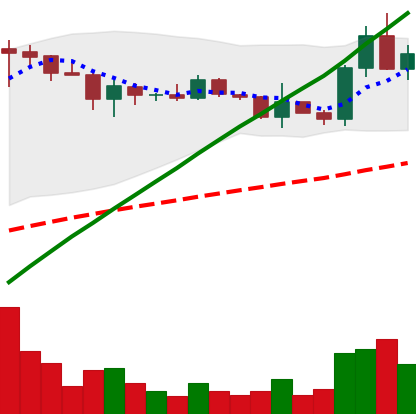
Ticker: ADA-USD
Chart end date: 2021-03-19
Forward return: -17.445%
Label: down_7plus